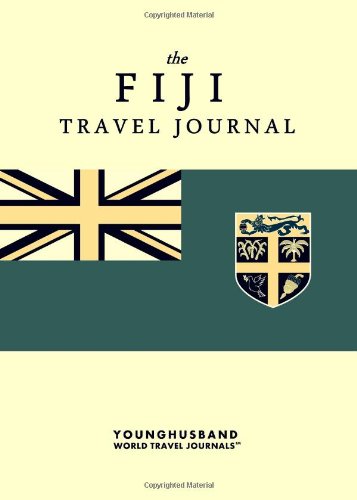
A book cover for The Fiji Travel Journal; Younghusband World Travel Journals; Travel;